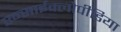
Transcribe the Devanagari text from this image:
एन्साईक्लोपीडिया